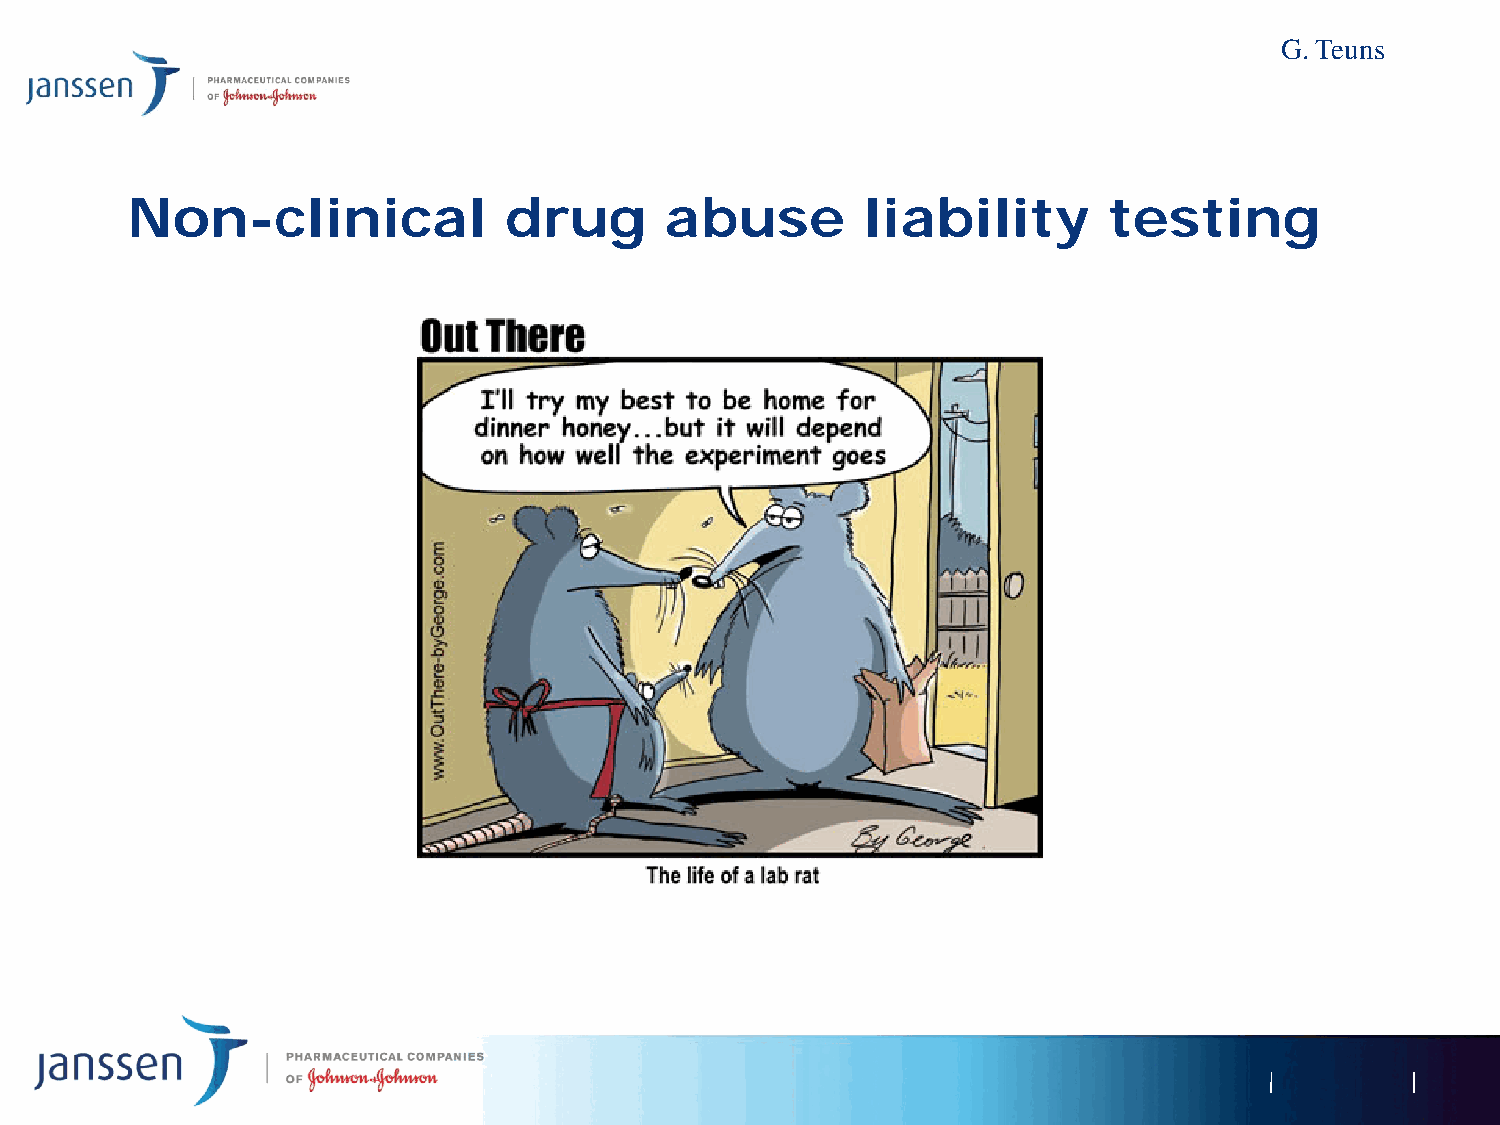
G. Teuns
 Non-clinical             drug       abuse        liability       testing